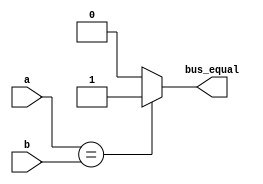
module bus_compare_equal (a, b, bus_equal);
    parameter WIDTH = 8;
    parameter BHC = 10;

    input [WIDTH-1:0] a, b;
    output wire bus_equal;

    assign bus_equal = (a==b) ? 1'b1 : 1'b0;
endmodule